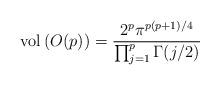
LaTeX: \begin{align*}\mathrm{vol}\left(O(p)\right)=\frac{2^p\pi^{p(p+1)/4}}{\prod_{j=1}^p\Gamma(j/2)}\end{align*}